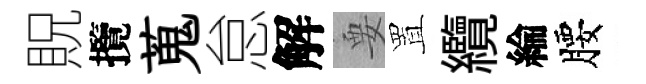
貺攬蒐怠解要置纜綸腰